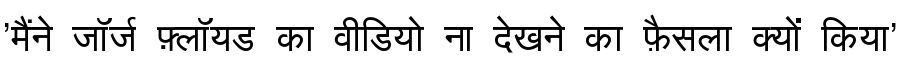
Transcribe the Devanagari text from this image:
'मैंने जॉर्ज फ़्लॉयड का वीडियो ना देखने का फ़ैसला क्यों किया'